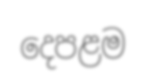
දෙපළම